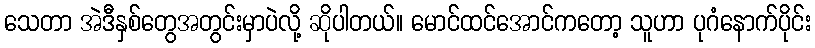
သေတာ အဲဒီနှစ်တွေအတွင်းမှာပဲလို့ ဆိုပါတယ်။ မောင်ထင်အောင်ကတော့ သူဟာ ပုဂံနောက်ပိုင်း